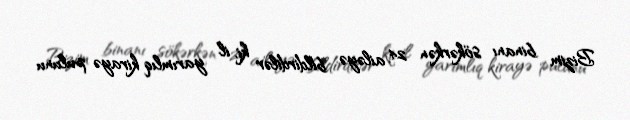
Bizim binanı sökərkən 24 ailəyə bildirdilər ki, il yarımlıq kirayə pulunu